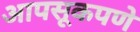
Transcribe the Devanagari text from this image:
आपसूकपणे